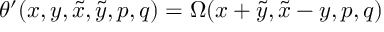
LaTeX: \theta ^ { \prime } ( x , y , \tilde { x } , \tilde { y } , p , q ) = \Omega ( x + \tilde { y } , \tilde { x } - y , p , q )